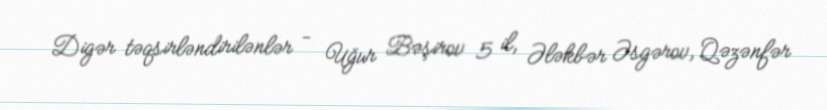
Digər təqsirləndirilənlər - Uğur Bəşirov 5 il, Ələkbər Əsgərov, Qəzənfər